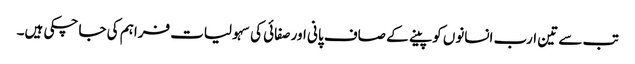
تب سے تین ارب انسانوں کو پینے کے صاف پانی اور صفائی کی سہولیات فراہم کی جا چکی ہیں۔